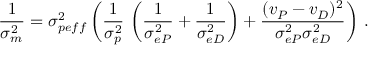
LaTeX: \frac { 1 } { \sigma _ { m } ^ { 2 } } = \sigma _ { p e f f } ^ { 2 } \left( \frac { 1 } { \sigma _ { p } ^ { 2 } } \, \left( \frac { 1 } { \sigma _ { e \SS P } ^ { 2 } } + \frac { 1 } { \sigma _ { e \SS D } ^ { 2 } } \right) + \frac { ( v _ { \SS P } - v _ { \SS D } ) ^ { 2 } } { \sigma _ { e \SS P } ^ { 2 } \sigma _ { e \SS D } ^ { 2 } } \right) \, .